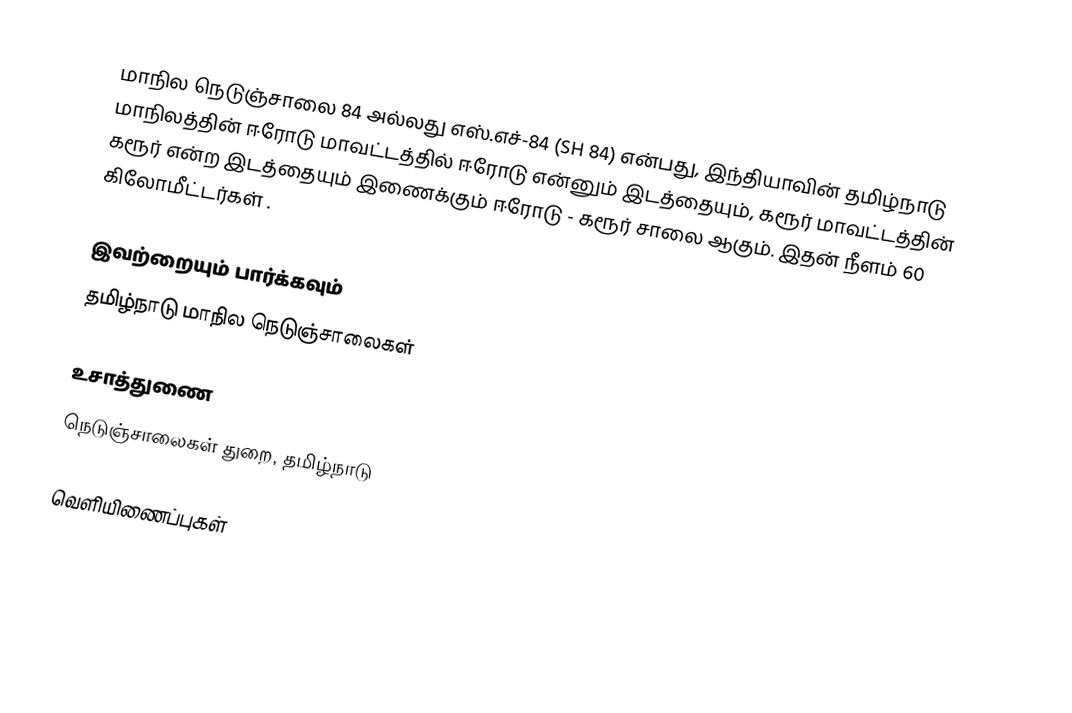
மாநில நெடுஞ்சாலை 84 அல்லது எஸ்.எச்-84 (SH 84) என்பது, இந்தியாவின் தமிழ்நாடு மாநிலத்தின் ஈரோடு மாவட்டத்தில் ஈரோடு என்னும் இடத்தையும், கரூர் மாவட்டத்தின் கரூர் என்ற இடத்தையும் இணைக்கும் ஈரோடு - கரூர் சாலை ஆகும். இதன் நீளம் 60  கிலோமீட்டர்கள் .

இவற்றையும் பார்க்கவும்
 தமிழ்நாடு மாநில நெடுஞ்சாலைகள்

உசாத்துணை
 நெடுஞ்சாலைகள் துறை, தமிழ்நாடு

வெளியிணைப்புகள்